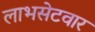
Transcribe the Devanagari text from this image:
लाभसेटवार